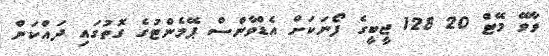
ވާވޭ މޭޓްް 20 128 ޖީބީގެ ފޯނަކަށް އެޑްވާންސް ޕޭމެންޓުގެ ގޮތުގައި ދައްކަން